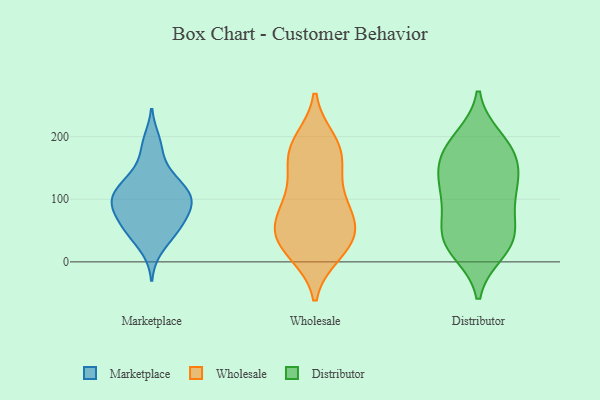
{"axis": {"x": "Demand Index", "y": "Value"}, "legend": ["Distributor", "Marketplace", "Wholesale"], "data": [{"x": "", "y": 95, "type": "Marketplace"}, {"x": "", "y": 75, "type": "Marketplace"}, {"x": "", "y": 48, "type": "Marketplace"}, {"x": "", "y": 74, "type": "Marketplace"}, {"x": "", "y": 102, "type": "Marketplace"}, {"x": "", "y": 63, "type": "Marketplace"}, {"x": "", "y": 49, "type": "Marketplace"}, {"x": "", "y": 127, "type": "Marketplace"}, {"x": "", "y": 194, "type": "Marketplace"}, {"x": "", "y": 102, "type": "Marketplace"}, {"x": "", "y": 141, "type": "Marketplace"}, {"x": "", "y": 139, "type": "Marketplace"}, {"x": "", "y": 47, "type": "Marketplace"}, {"x": "", "y": 113, "type": "Marketplace"}, {"x": "", "y": 87, "type": "Marketplace"}, {"x": "", "y": 107, "type": "Marketplace"}, {"x": "", "y": 20, "type": "Marketplace"}, {"x": "", "y": 181, "type": "Marketplace"}, {"x": "", "y": 102, "type": "Marketplace"}, {"x": "", "y": 88, "type": "Wholesale"}, {"x": "", "y": 55, "type": "Wholesale"}, {"x": "", "y": 57, "type": "Wholesale"}, {"x": "", "y": 17, "type": "Wholesale"}, {"x": "", "y": 16, "type": "Wholesale"}, {"x": "", "y": 65, "type": "Wholesale"}, {"x": "", "y": 93, "type": "Wholesale"}, {"x": "", "y": 124, "type": "Wholesale"}, {"x": "", "y": 48, "type": "Wholesale"}, {"x": "", "y": 169, "type": "Wholesale"}, {"x": "", "y": 184, "type": "Wholesale"}, {"x": "", "y": 153, "type": "Wholesale"}, {"x": "", "y": 192, "type": "Wholesale"}, {"x": "", "y": 13, "type": "Wholesale"}, {"x": "", "y": 43, "type": "Wholesale"}, {"x": "", "y": 159, "type": "Wholesale"}, {"x": "", "y": 98, "type": "Wholesale"}, {"x": "", "y": 36, "type": "Wholesale"}, {"x": "", "y": 194, "type": "Wholesale"}, {"x": "", "y": 196, "type": "Distributor"}, {"x": "", "y": 146, "type": "Distributor"}, {"x": "", "y": 111, "type": "Distributor"}, {"x": "", "y": 177, "type": "Distributor"}, {"x": "", "y": 43, "type": "Distributor"}, {"x": "", "y": 28, "type": "Distributor"}, {"x": "", "y": 89, "type": "Distributor"}, {"x": "", "y": 187, "type": "Distributor"}, {"x": "", "y": 17, "type": "Distributor"}, {"x": "", "y": 28, "type": "Distributor"}, {"x": "", "y": 40, "type": "Distributor"}, {"x": "", "y": 66, "type": "Distributor"}, {"x": "", "y": 142, "type": "Distributor"}, {"x": "", "y": 110, "type": "Distributor"}, {"x": "", "y": 134, "type": "Distributor"}, {"x": "", "y": 175, "type": "Distributor"}]}